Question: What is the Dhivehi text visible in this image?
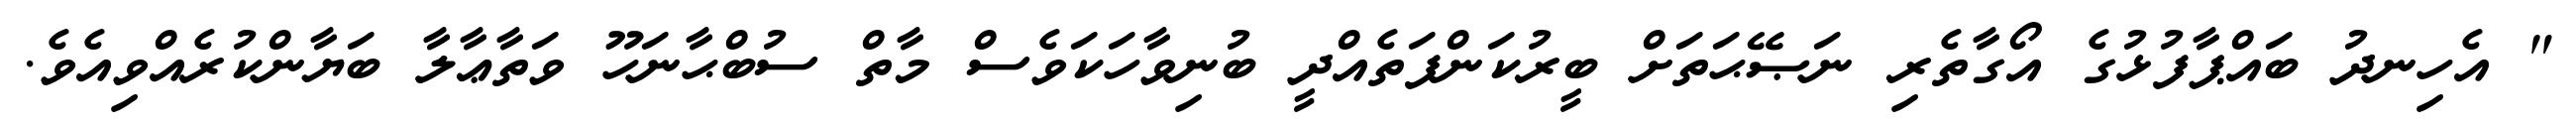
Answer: " އެހިނދު ބައްޕާފުޅުގެ އޯގާތެރި ނަޞޭޙަތަށް ބީރުކަންފަތެއްދީ ބުނިވާހަކަވެސް މާތް ސުބްޙާނަހޫ ވަތާޢާލާ ބަޔާންކުރެއްވިއެވެ.